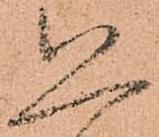
恐